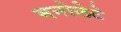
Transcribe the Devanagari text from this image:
मनोलेटे